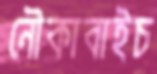
নৌকাবাইচ